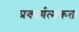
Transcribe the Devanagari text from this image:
प्रकार्यत्मकता